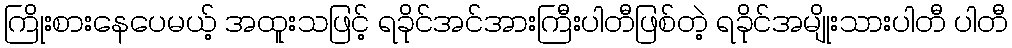
ကြိုးစားနေပေမယ့် အထူးသဖြင့် ရခိုင်အင်အားကြီးပါတီဖြစ်တဲ့ ရခိုင်အမျိုးသားပါတီ ပါတီ